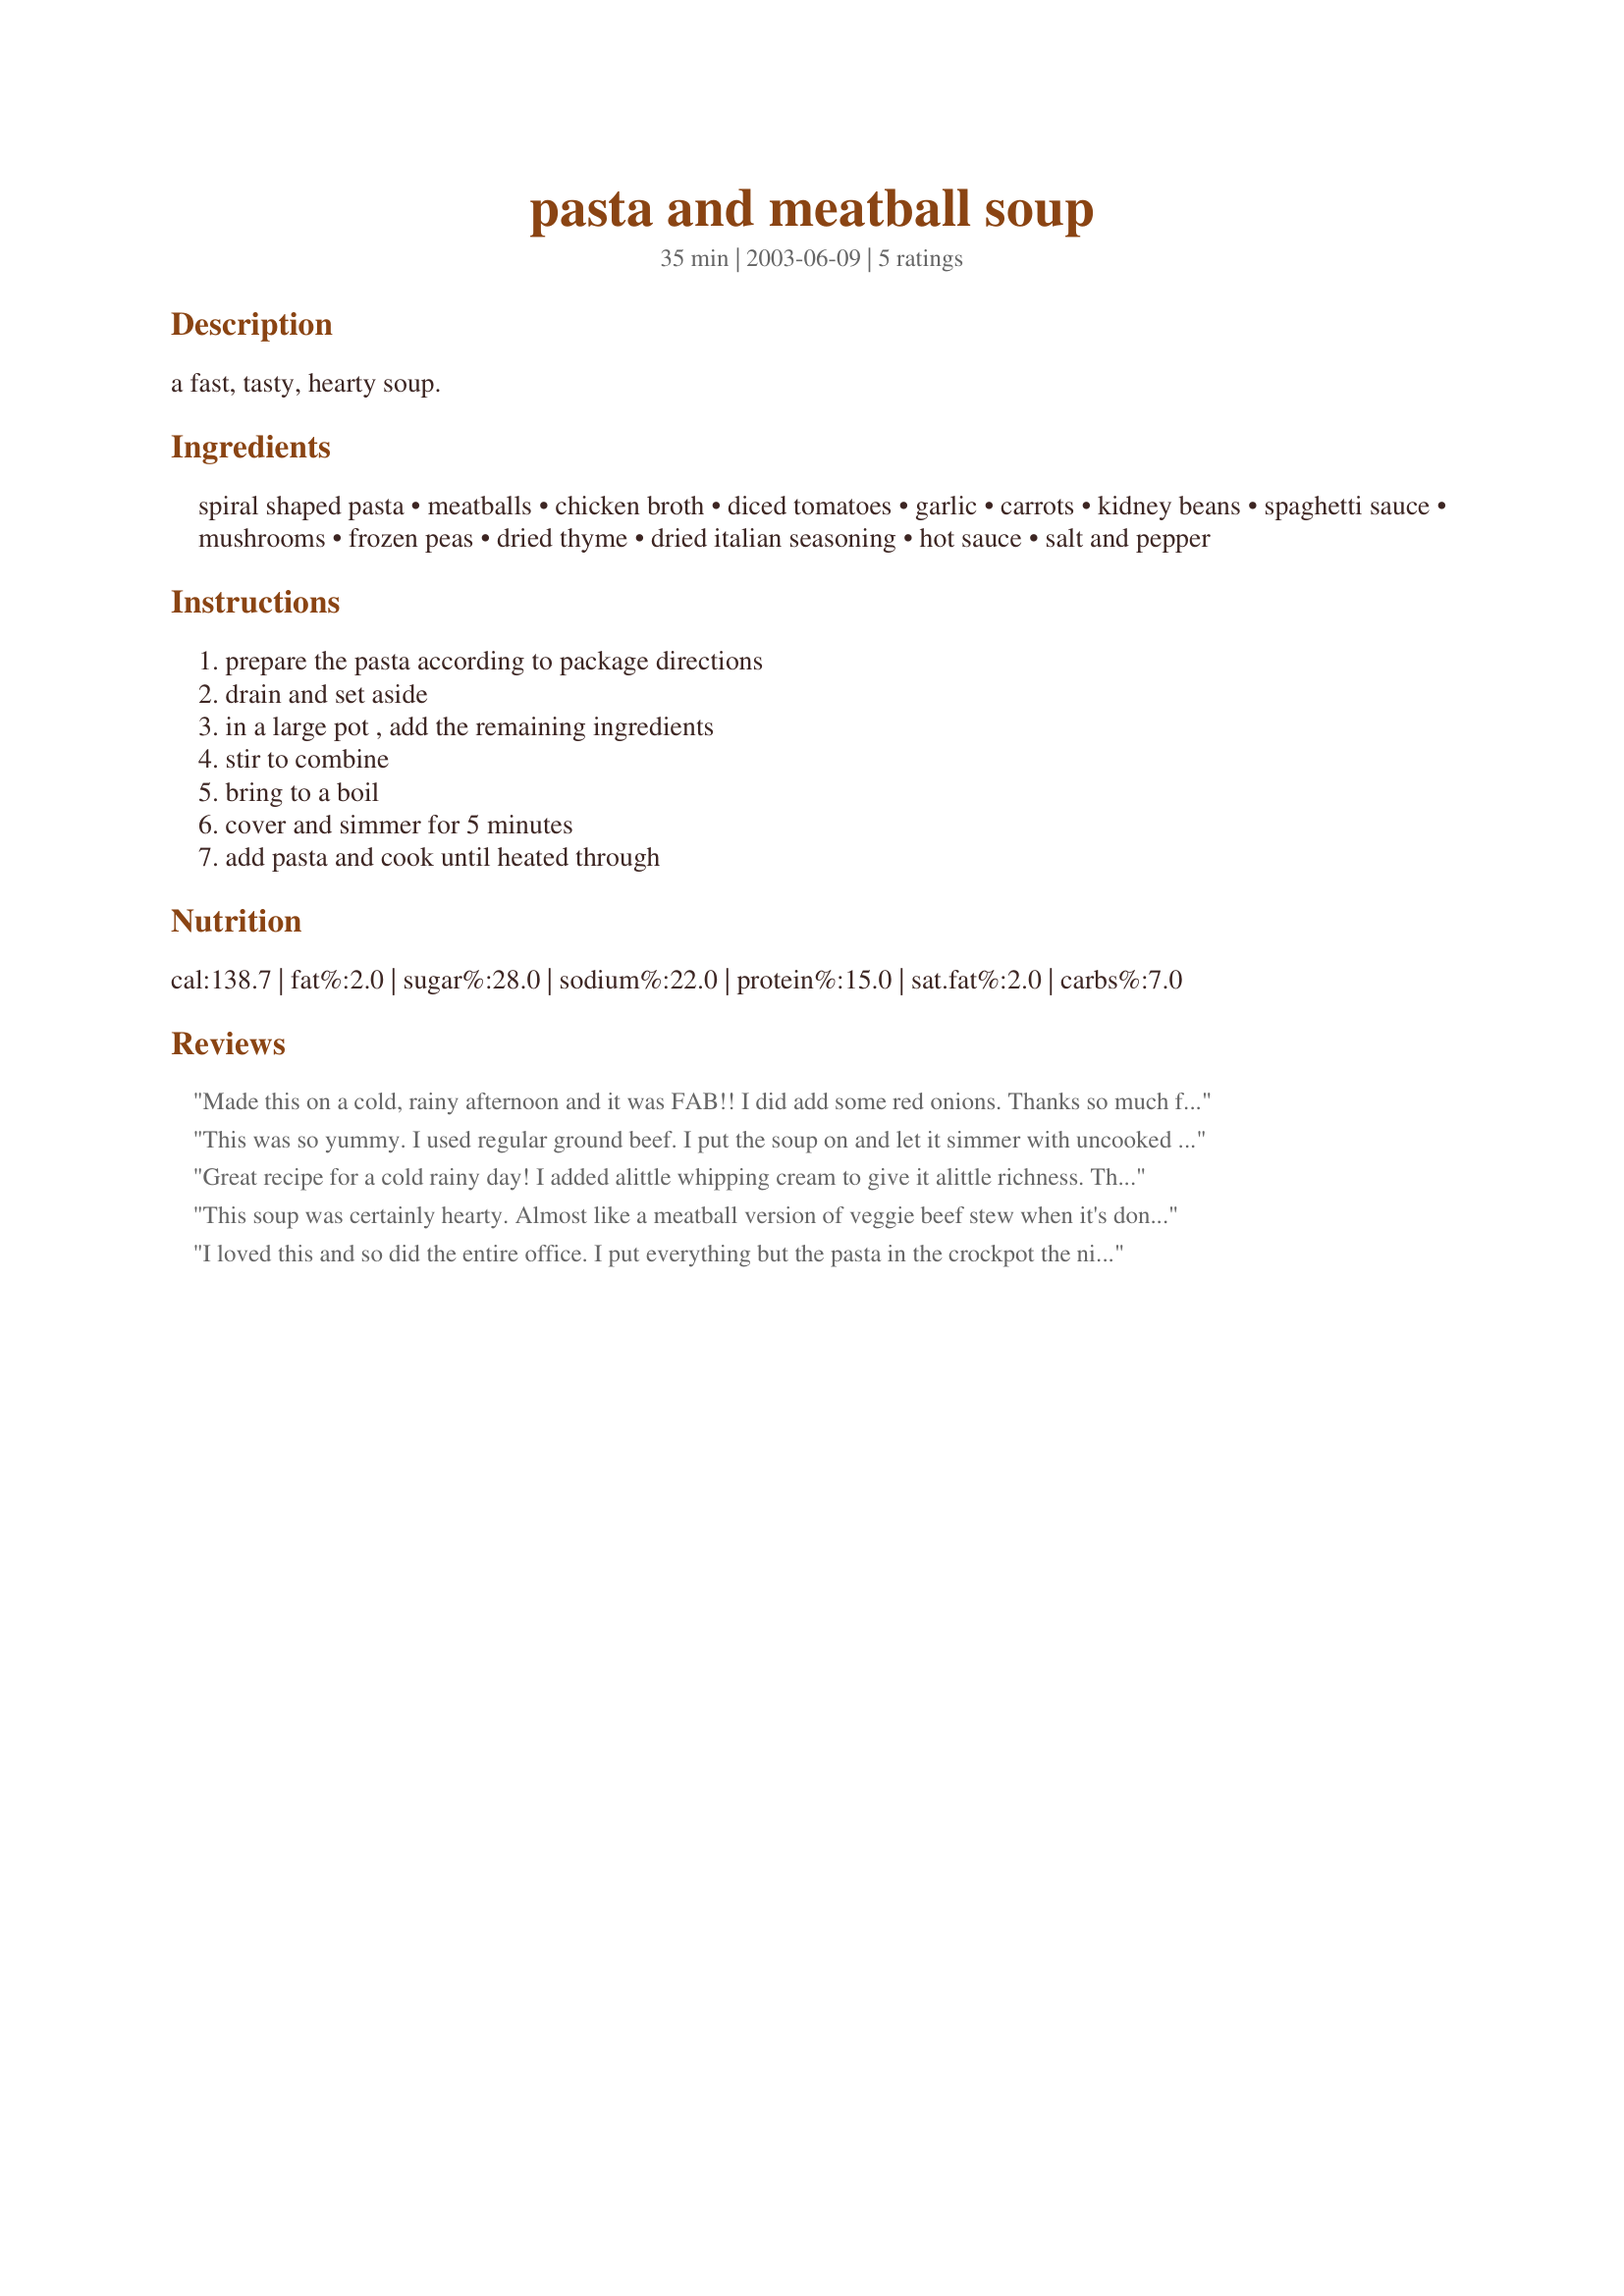
pasta and meatball soup
Preparation time: 35 minutes

a fast, tasty, hearty soup.

Ingredients:
spiral shaped pasta, meatballs, chicken broth, diced tomatoes, garlic, carrots, kidney beans, spaghetti sauce, mushrooms, frozen peas, dried thyme, dried italian seasoning, hot sauce, salt and pepper

Steps:
prepare the pasta according to package directions, drain and set aside, in a large pot , add the remaining ingredients, stir to combine, bring to a boil, cover and simmer for 5 minutes, add pasta and cook until heated through

Reviews:
Made this on a cold, rainy afternoon and it was FAB!! I did add some red onions. Thanks so much for posting!
This was so yummy. I used regular ground beef. I put the soup on and let it simmer with uncooked pasta and some extra water. It was a very hearty low calorie lunch. Thanks!!!
Great recipe for a cold rainy day! I added alittle whipping cream to give it alittle richness. Thanks so much for sharing your recipe.
This soup was certainly hearty. Almost like a meatball version of veggie beef stew when it's done. I simmered much longer, added an entire bag of meatballs (38 count) and used a whole jar (26 oz) of spaghetti sauce plus additional dried herbs. If I make this again, I'll make the meatballs from scratch. This was my first experience with frozen (store-bought) meatballs, and I thought they tasted too much like, well, the freezer.
I loved this and so did the entire office. I put everything but the pasta in the crockpot the night before and put it in the fridge. I cooked the pasta (just plain macaroni) and put it in a separate container. Took everything to the office the next morning and turned on the crockpot. Put the pasta in the last hour. It was all gone! Oh, and instead of frozen carrots, I coarsely chopped raw ones. They were perfectly cooked by lunch time. I left out the mushrooms and hot sauce. This went in my permanent cookbook!
